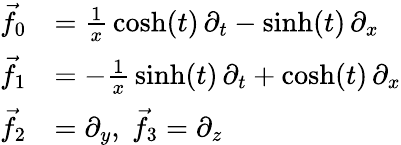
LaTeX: {\begin{array}{rl}{{\vec{f}}_{0}}&{={\frac{1}{x}}\cosh(t)\, \partial_{t}-\sinh(t)\, \partial_{x}}\\ {{\vec{f}}_{1}}&{=-{\frac{1}{x}}\sinh(t)\, \partial_{t}+\cosh(t)\, \partial_{x}}\\ {{\vec{f}}_{2}}&{=\partial_{y},\; {\vec{f}}_{3}=\partial_{z}}\end{array}}